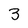
Character: 3